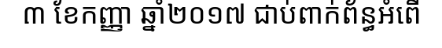
៣ ខែកញ្ញា ឆ្នាំ២០១៧ ជាប់ពាក់ព័ន្ធអំពើ